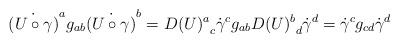
LaTeX: \begin{align*}\dot{(U\circ\gamma)}^a g_{ab} \dot{(U\circ\gamma)}^b = {D(U)^a}_c \dot{\gamma}^c g_{ab} {D(U)^b}_d \dot{\gamma}^d = \dot{\gamma}^c g_{cd} \dot{\gamma}^d\end{align*}